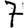
Digit: 7